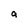
Character: a